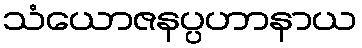
သံယောဇနပ္ပဟာနာယ